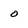
Character: o